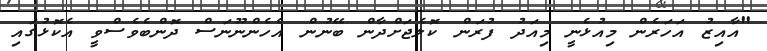
"އާއިޒު އަހަރެން މިއުޅެނީ މިއަދު ފުރަން ކޮލެޖަށްދާން ބޭނުން އެހެންނޫނަސް ދޮންބެވެސްވީ އެކޮޅުގައި